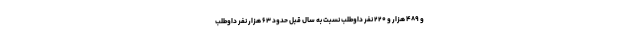
و ۴۸۹ هزار و ۲۲۰ نفر داوطلب نسبت به سال قبل حدود ۶۳ هزار نفر داوطلب